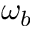
\omega _ { b }